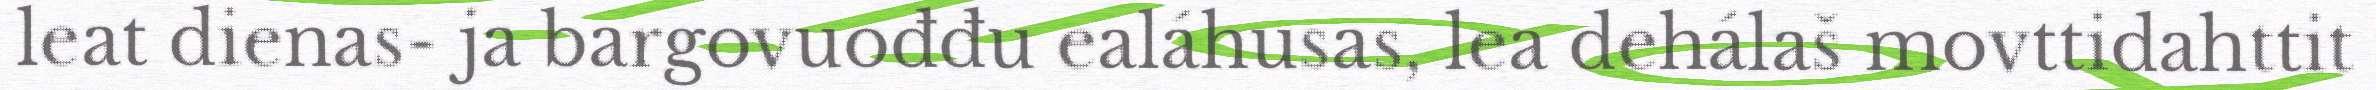
leat dienas- ja bargovuođđu ealáhusas, lea dehálaš movttidahttit